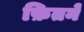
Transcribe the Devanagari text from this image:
फ़ितने